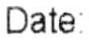
DATE: